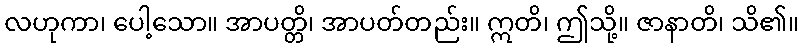
လဟုကာ၊ ပေါ့သော။ အာပတ္တိ၊ အာပတ်တည်း။ ဣတိ၊ ဤသို့။ ဇာနာတိ၊ သိ၏။